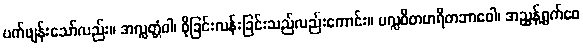
ပက်ဖျန်းသော်လည်း။ အလ္လတ္တံဝါ၊ စိုခြင်းလန်းခြင်းသည်လည်းကောင်း။ ပလ္လဝိတဟရိတဘာဝေါ၊ အညွန့်ရွက်ဝေ